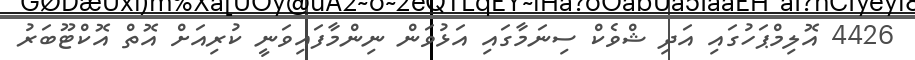
4426 އޮލިމްޕަހުގައި އަދި ޝްވެކް ސިނަމާގައި އަޅުވަން ނިންމާފައިވަނީ ކުރިއަށް އޮތް އޮކްޓޫބަރު